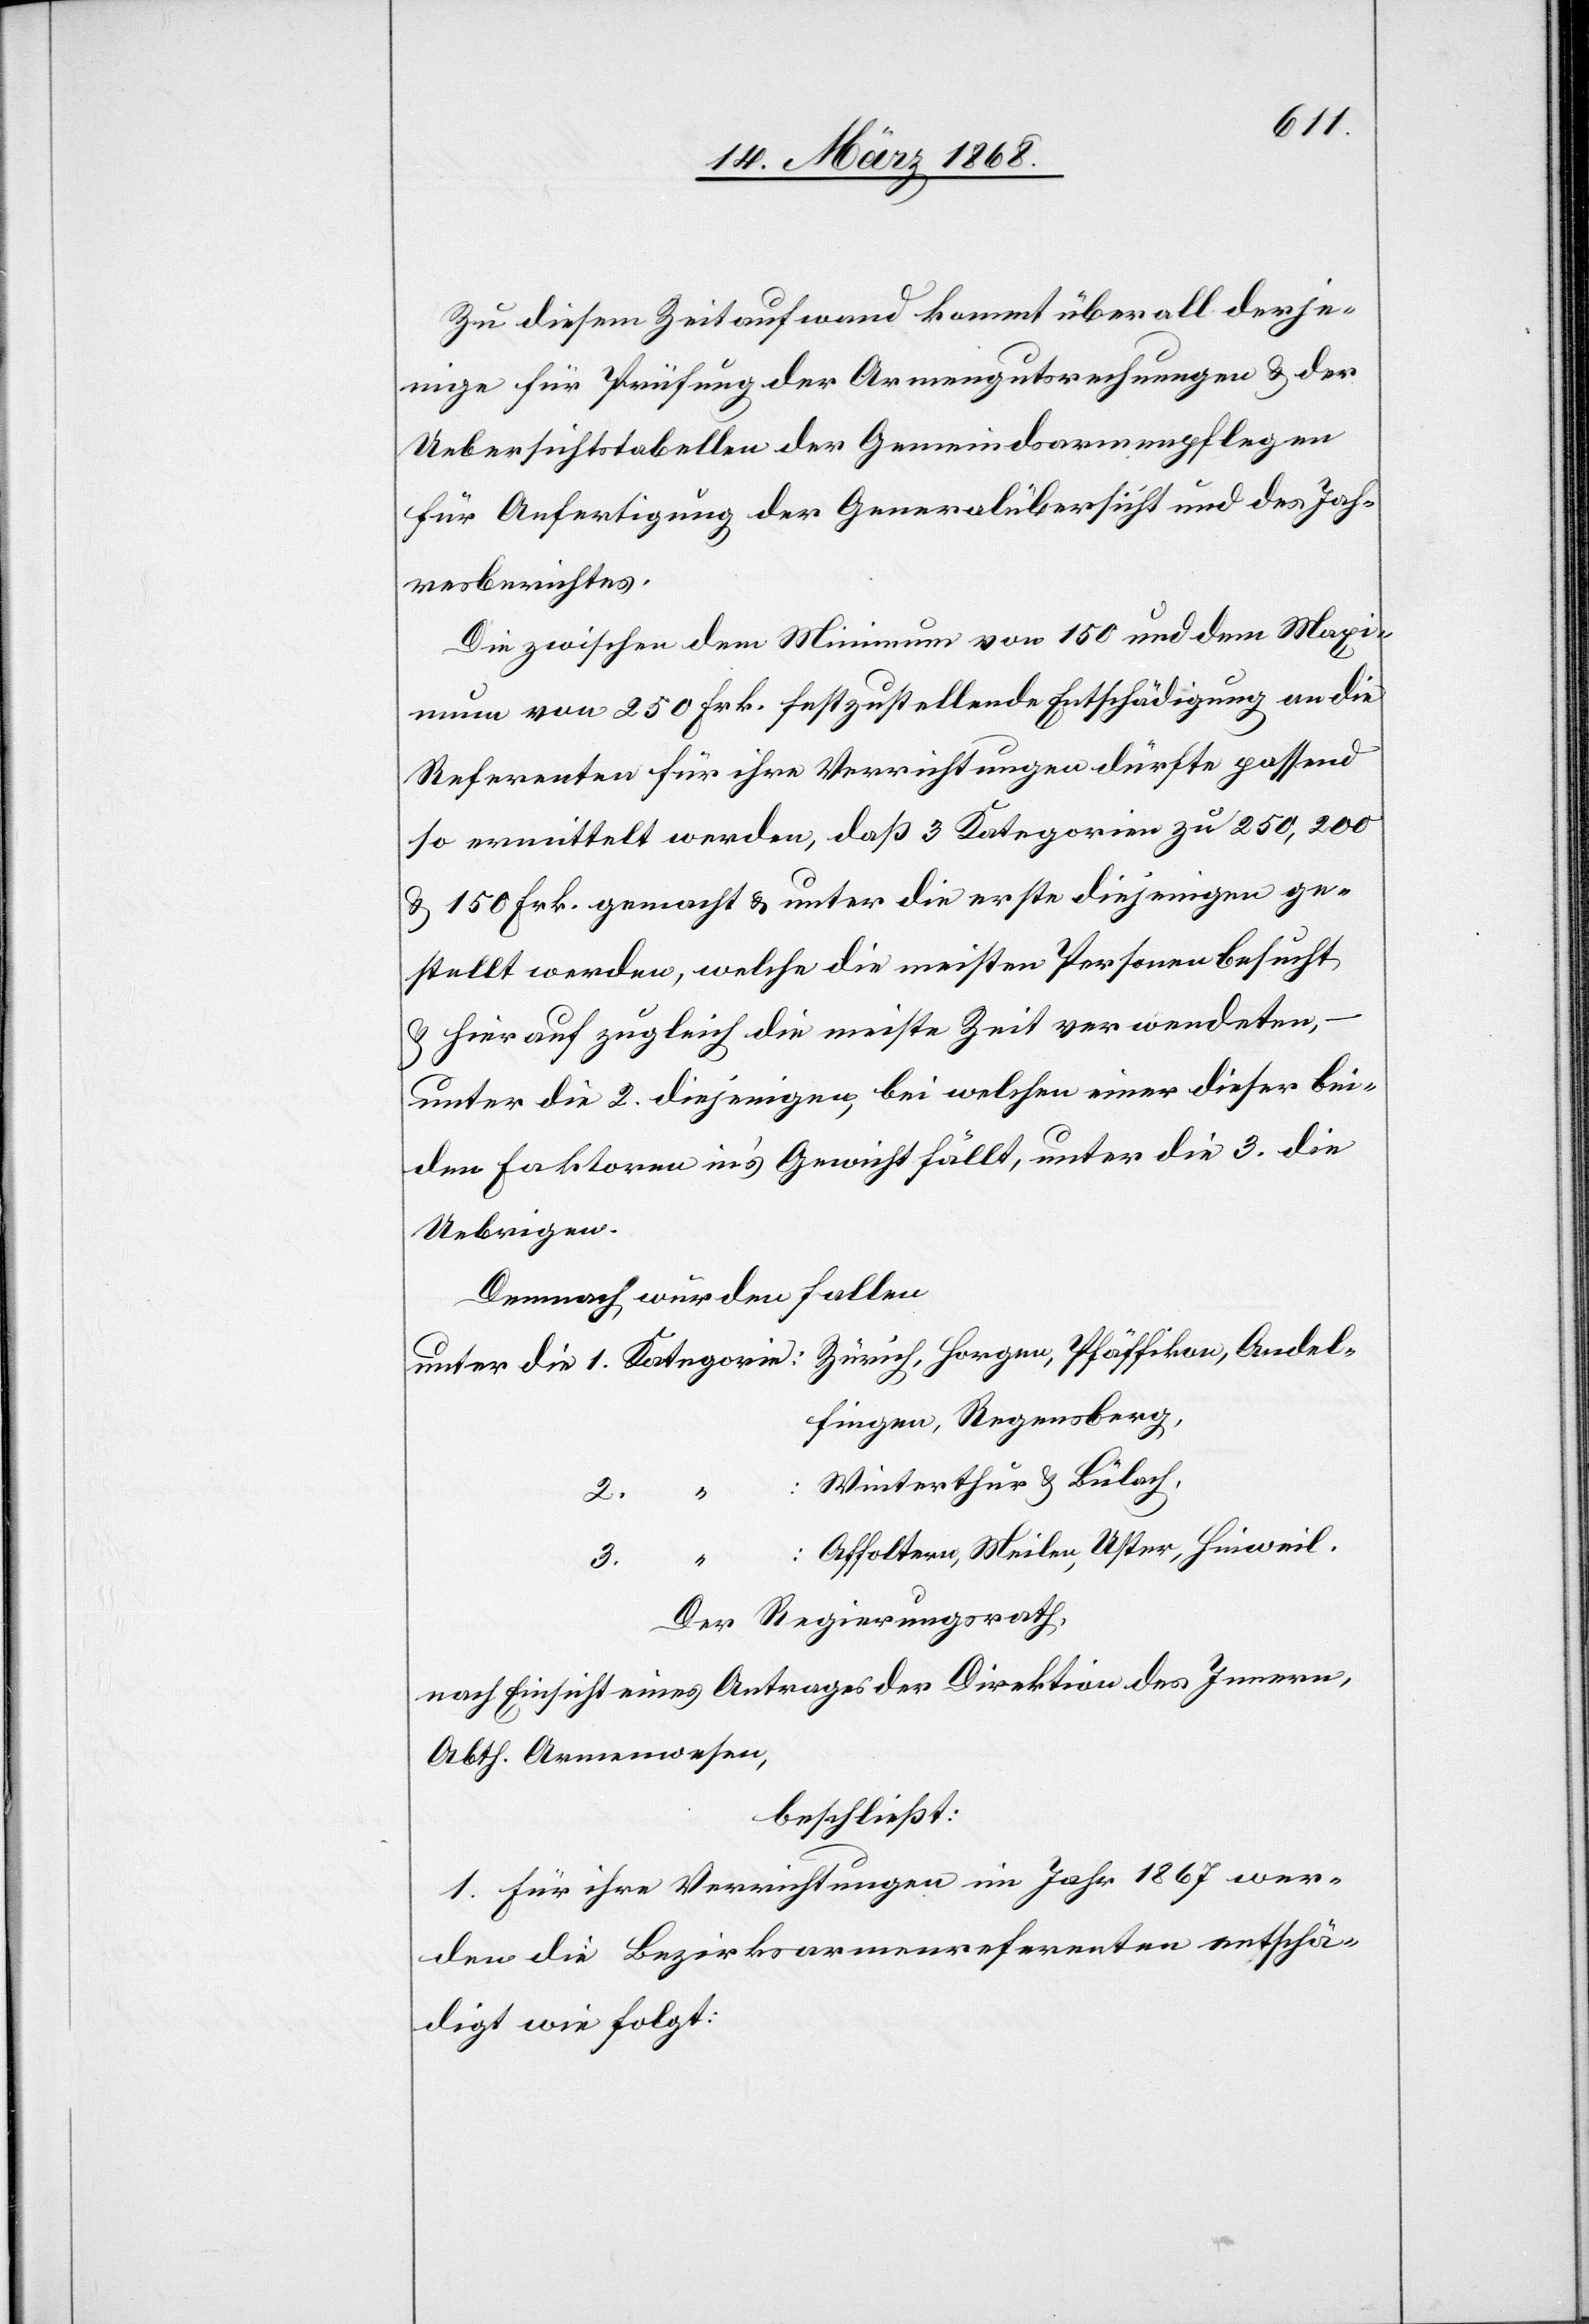
Zu diesem Zeitaufwand kommt überall derje¬
nige für Prüfung der Armengutsrechnungen & der
Uebersichtstabellen der Gemeindsarmenpflegen
für Anfertigung der Generalübersicht und des Jah¬
resberichtes.
Die zwischen dem Minimum von 150 und dem Maxi¬
mum von 250 Frk. festzustellende Entschädigung an die
Referenten für ihre Verrichtungen dürfte passend
so ermittelt werden, daß 3 Kategorien zu 250, 200
& 150 Frk. gemacht & unter die erste diejenigen ge¬
stellt werden, welche die meisten Personen besucht
& hierauf zugleich die meiste Zeit verwendeten,
unter die 2. diejenigen, bei welchen einer dieser bei¬
den Faktoren in’s Gewicht fällt, unter die 3. die
Uebrigen.
Demnach würden fallen
Zürich, Horgen, Pfäffikon, Andel¬
fingen, Regensberg,
Winterthur & Bülach,
3.
Affoltern, Meilen, Uster, Hinweil.
1. Kategorie:
Der Regierungsrath,
nach Einsicht eines Antrages der Direktion des Innern,
Abth. Armenwesen,
beschließt:
1. Für ihre Verrichtungen im Jahr 1867 wer¬
den die Bezirksarmenreferenten entschä¬
digt wie folgt: